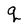
Character: q